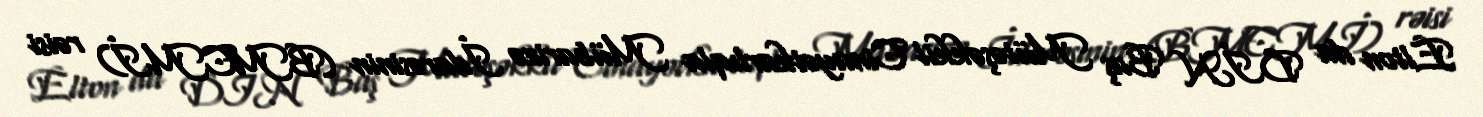
Elton da DİN Baş Mütəşəkkil Cinayətkarlıqla Mübarizə İdarəsinin (BMCMİ) rəisi